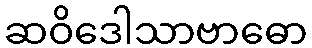
ဆဝိဒေါသာဗာဓော